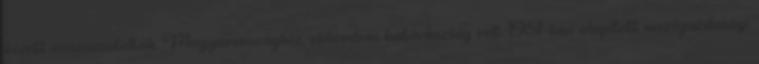
között visszacsatolták Magyarországhoz, ekkoriban határközség volt. 1951-ben alapított mezőgazdasági